Report of the Indian Hemp Drugs Commission, 1894-1895 - Volume V
Year: 1894
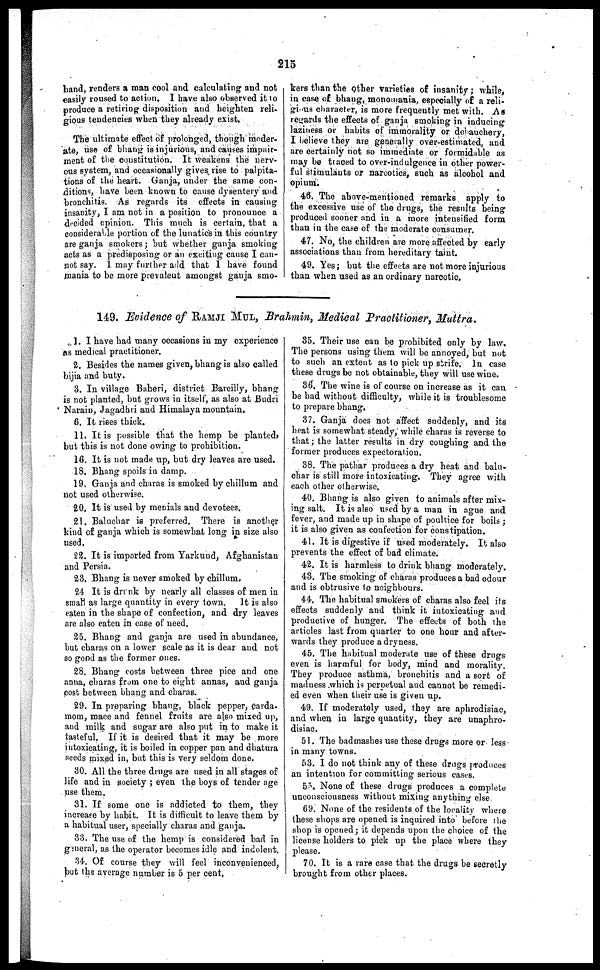
215
hand, renders a man cool and calculating and not
easily roused to action. I have also observed it to
produce a retiring disposition and heighten reli-
gious tendencies when they already exist.
The ultimate effect of prolonged, though moder-
ate, use of bhang is injurious, and causes impair-
ment of the constitution. It weakens the nerv-
ous system, and occasionally gives rise to palpita-
tions of the heart. Ganja, under the same con-
ditions, have been known to cause dysentery and
bronchitis. As regards its effects in causing
insanity, I am not in a position to pronounce a
decided opinion. This much is certain, that a
considerable portion of the lunatics in this country
are ganja smokers ; but whether ganja smoking
acts as a predisposing or an exciting cause I can-
not say. I may further add that I have found
mania to be more prevalent amongst ganja smo-
kers than the other varieties of insanity ; while,
in case of bhang, monomania, especially of a reli-
gious character, is more frequently met with. As
regards the effects of ganja smoking in inducing
laziness or habits of immorality or debauchery,
I believe they are generally over-estimated, and
are certainly not so immediate or formidable as
may be traced to over-indulgence in other power-
ful stimulants or narcotics, such as alcohol and
opium.
46. The above-mentioned remarks apply to
the excessive use of the drugs, the results being
produced sooner and in a more intensified form
than in the case of the moderate consumer.
47. No, the children are more affected by early
associations than from hereditary taint.
49. Yes; but the effects are not more injurious
than when used as an ordinary narcotic.
149. Evidence of RAMJI MUL, Brahmin, Medical Practitioner, Muttra.
1. I have bad many occasions in my experience
as medical practitioner.
2. Besides the names given, bhang is also called
bijia and buty.
3. In village Baheri, district Bareilly, bhang
is not planted, but grows in itself, as also at Budri
Narain, Jagadhri and Himalaya mountain.
6. It rises thick.
11. It is possible that the hemp be planted,
but this is not done owing to prohibition.
16. It is not made up, but dry leaves are used.
18. Bhang spoils in damp.
19. Ganja and charas is smoked by chillum and
not used otherwise.
20. It is used by menials and devotees.
21. Baluchar is preferred. There is another
kind of ganja which is somewhat long in size also
used.
22. It is imported from Yarkund, Afghanistan
and Persia.
23. Bhang is never smoked by chillum.
24 It is drunk by nearly all classes of men in
small as large quantity in every town. It is also
eaten in the shape of confection, and dry leaves
are also eaten in case of need,
25. Bhang and ganja are used in abundance,
but charas on a lower scale as it is dear and not
so good as the former ones.
28. Bhang costs between three pice and one
anna, charas from one to eight annas, and ganja
cost between bhang and charas.
29. In preparing bhang, black pepper, carda-
mom, mace and fennel fruits are also mixed up,
and milk and sugar are also put in to make it
tasteful. If it is desired that it may be more
intoxicating, it is boiled in copper pan and dhatura
seeds mixed in, but this is very seldom done.
30. All the three drugs are used in all stages of
life and in society ; even the boys of tender age
use them.
31. If some one is addicted to them, they
increase by habit. It is difficult to leave them by
a habitual user, specially charas and ganja.
33. The use of the hemp is considered bad in
general, as the operator becomes idle and indolent.
34. Of course they will feel inconvenienced,
but the average number is 5 per cent.
85. Their use can be prohibited only by law.
The persons using them will be annoyed, but not
to such an extent as to pick up strife. In case
these drugs be not obtainable, they will use wine.
36. The wine is of course on increase as it can
be had without difficulty, while it is troublesome
to prepare bhang.
37. Ganja does not affect suddenly, and its
heat is somewhat steady, while charas is reverse to
that ; the latter results in dry coughing and the
former produces expectoration.
38. The pathar produces a dry heat and balu-
char is still more intoxicating. They agree with
each other otherwise.
40. Bhang is also given to animals after mix-
ing salt. It is also used by a man in ague and
fever, and made up in shape of poultice for boils ;
it is also given as confection for constipation.
41. It is digestive if used moderately. It also
prevents the effect of bad climate.
42. It is harmless to drink bhang moderately.
43. The smoking of charas produces a bad odour
and is obtrusive to neighbours.
44. The habitual smokers of charas also feel its
effects suddenly and think it intoxicating and
productive of hunger. The effects of both the
articles last from quarter to one hour and after-
wards they produce a dryness.
45. The habitual moderate use of these drugs
even is harmful for body, mind and morality.
They produce asthma, bronchitis and a sort of
madness which is perpetual and cannot be remedi-
ed even when their use is given up.
49. If moderately used, they are aphrodisiac,
and when in large quantity, they are unaphro-
disiac.
51. The bad mashes use these drugs more or less
in many towns.
53. I do not think any of these drugs produces
an intention for committing serious cases.
55. None of these drugs produces a complete
unconsciousness without mixing anything else
69. None of the residents of the locality where
these shops are opened is inquired into before the
shop is opened ; it depends upon the choice of the
license holders to pick up the place where they
please.
70. It is a rare case that the drugs be secretly
brought from other places.